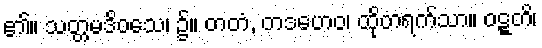
၏။ သတ္တမဒိဝသေ၊ ၌။ တတံ, တဒဟေဝ၊ ထိုတရက်သာ။ ဝဋ္ဋတိ၊